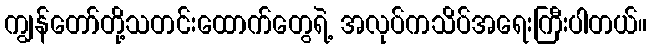
ကျွန်တော်တို့သတင်းထောက်တွေရဲ့ အလုပ်ကသိပ်အရေးကြီးပါတယ်။